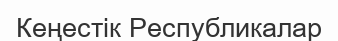
Кеңестік Республикалар